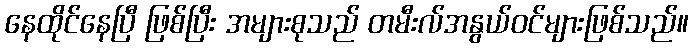
နေထိုင်နေပြီ ဖြစ်ပြီး အများစုသည် တမီးလ်အနွယ်ဝင်များဖြစ်သည်။